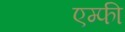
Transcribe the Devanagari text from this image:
एम्फी